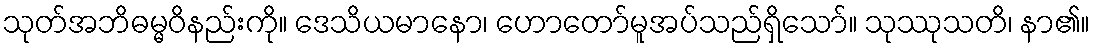
သုတ်အဘိဓမ္မဝိနည်းကို။ ဒေသိယမာနော၊ ဟောတော်မူအပ်သည်ရှိသော်။ သုဿုသတိ၊ နာ၏။